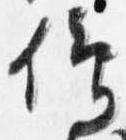
仰